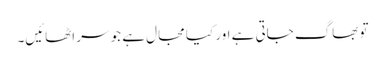
تو بھاگ جاتی ہے اور کیا مجال ہے جو سر اٹھائیں۔